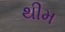
થીમ